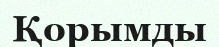
Қорымды